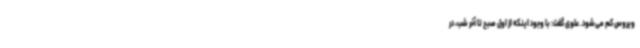
ویروس کم می‌شود. علوی گفت: با وجود اینکه از اول صبح تا آخر شب، در